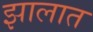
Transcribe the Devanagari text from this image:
झालात